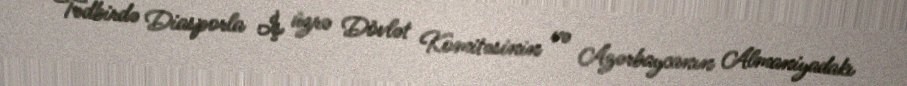
Tədbirdə Diasporla İş üzrə Dövlət Komitəsinin və Azərbaycanın Almaniyadakı